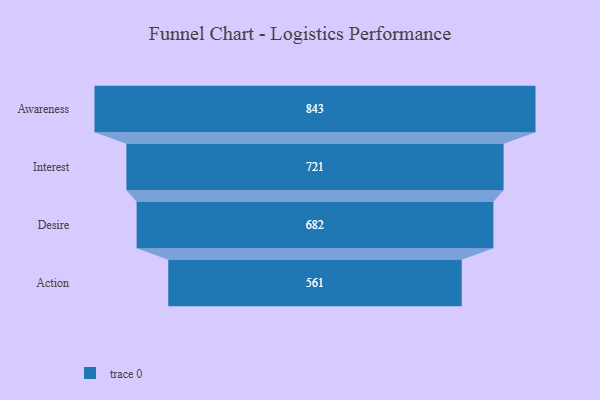
{"axis": {"x": "Stage", "y": "Value"}, "legend": [""], "data": [{"x": "Awareness", "y": 843.0, "type": ""}, {"x": "Interest", "y": 721.0, "type": ""}, {"x": "Desire", "y": 682.0, "type": ""}, {"x": "Action", "y": 561.0, "type": ""}]}